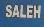
saleh